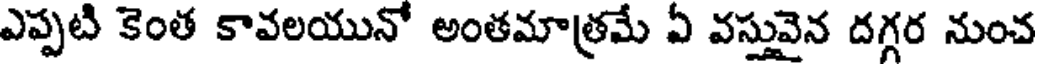
ఎప్పటి కెంత కావలయునో అంతమాత్రమే ఏ వస్తువైన దగ్గర నుంచ